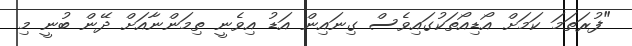
"ފުރަތަމަ ކަމަަަށް އޯޑިއޯތަކުގައިވެސް ގިނައިން އަޑު އިވެނީ ތިމަންނާއަށް ދޭން ބުނީ މި